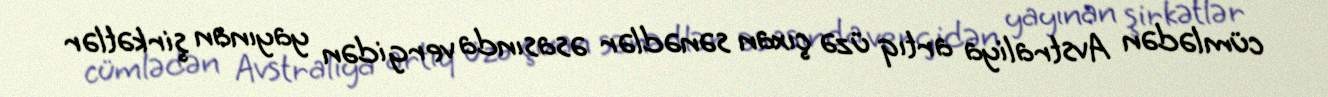
cümlədən Avstraliya artıq üzə çıxan sənədlər əsasında vergidən yayınan şirkətlər